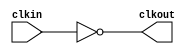
module bw_clk_gclk_inv_224x (
    clkout,
    clkin );

    output clkout;
    input  clkin;
 
    assign clkout = ~( clkin );

endmodule